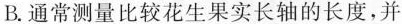
B.通常测量比较花生果实长轴的长度，并